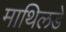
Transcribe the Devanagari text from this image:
माथिलडे